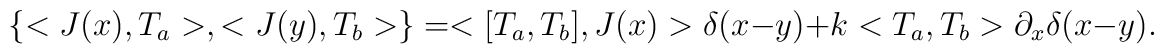
\left\{ <J(x),T_a>,<J(y),T_b>\right\}  = <[T_a,T_b],J(x)> \delta(x-y) + k<T_a,T_b> \partial_x\delta(x-y).